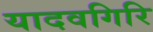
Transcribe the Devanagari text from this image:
यादवगिरि